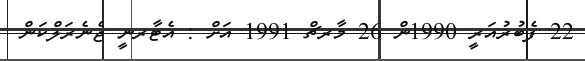
22 ފެބުރުއަރީ 1990ން 26 މާރޗް 1991 އަށް : އެޓާރނީ ޖެނެރަލްކަން